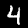
Label: 4